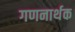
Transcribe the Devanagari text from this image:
गणनार्थक